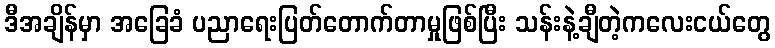
ဒီအချိန်မှာ အခြေခံ ပညာရေးပြတ်တောက်တာမှုဖြစ်ပြီး သန်းနဲ့ချီတဲ့ကလေးငယ်တွေ